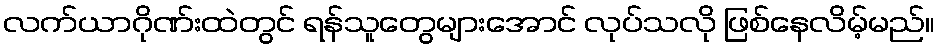
လက်ယာဂိုဏ်းထဲတွင် ရန်သူတွေများအောင် လုပ်သလို ဖြစ်နေလိမ့်မည်။